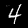
Digit: 4